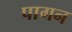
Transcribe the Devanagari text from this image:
पागन